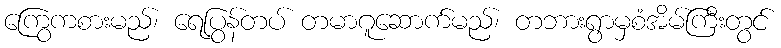
ကြွေကစားမည်၊ ရေပြွန်တပ် တမာဂူဆောက်မည်၊ တဘားရွာမှစံအိမ်ကြီးတွင်